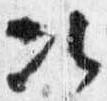
次